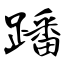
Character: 蹯